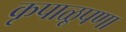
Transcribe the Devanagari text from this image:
कृपाळूपणा